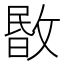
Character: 𢾞